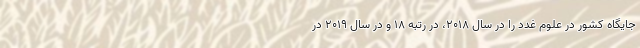
جایگاه کشور در علوم غدد را در سال ۲۰۱۸، در رتبه ۱۸ و در سال ۲۰۱۹ در